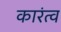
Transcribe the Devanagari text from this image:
कारंत्व